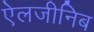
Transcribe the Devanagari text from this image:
ऐलजीनिब